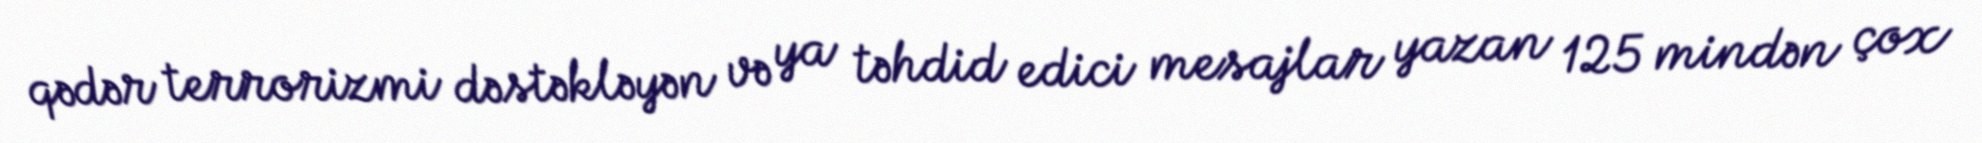
qədər terrorizmi dəstəkləyən və ya təhdid edici mesajlar yazan 125 mindən çox